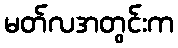
မတ်လအတွင်းက